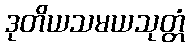
ဒုတိယသမယသုတ္တံ